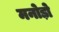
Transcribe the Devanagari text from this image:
मनोड़ो